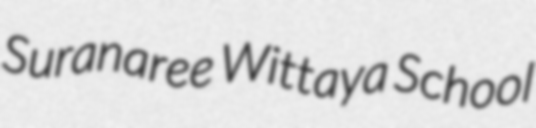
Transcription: Suranaree Wittaya School